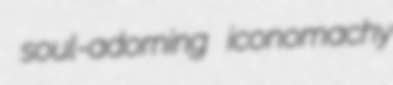
soul-adorning iconomachy